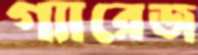
গ্যারেজ